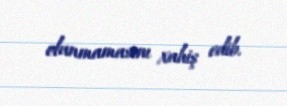
olunmamasını xahiş edib.